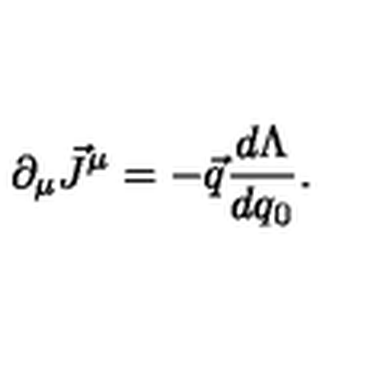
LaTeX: \partial _ { \mu } \vec { J } ^ { \mu } = - \vec { q } \frac { d \Lambda } { d q _ { 0 } } .